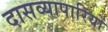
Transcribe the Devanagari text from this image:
दासव्यापारियों